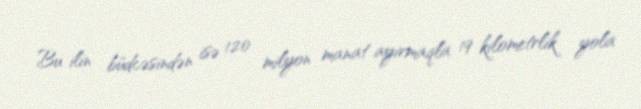
Bu ilin büdcəsindən isə 120 milyon manat ayırmaqla 19 kilometrlik yola